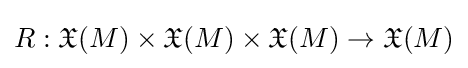
R:{\mathfrak {X}}(M)\times {\mathfrak {X}}(M)\times {\mathfrak {X}}(M)\to {\mathfrak {X}}(M)